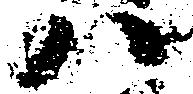
ハ